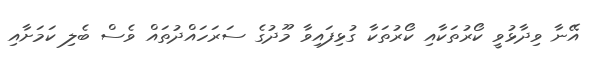
އޭނާ ވިދާޅުވީ ކޯރުތަކާއި ކޯރުތަކާ ގުޅިފައިވާ މޫދުގެ ސަރަހައްދުތައް ވެސް ބެލި ކަމަށާއި